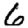
Digit: 6